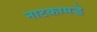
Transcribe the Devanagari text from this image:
नाटकामद्धे